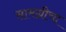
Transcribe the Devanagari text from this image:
सामग्रीचा